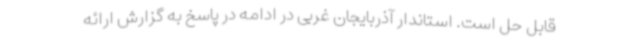
قابل حل است. استاندار آذربایجان غربی در ادامه در پاسخ به گزارش ارائه